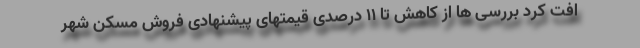
افت کرد بررسی ها از کاهش تا ۱۱ درصدی قیمتهای پیشنهادی فروش مسکن شهر